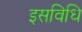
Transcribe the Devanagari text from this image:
इसविधि